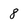
Character: 8